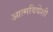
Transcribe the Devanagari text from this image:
आत्मविद्येशी